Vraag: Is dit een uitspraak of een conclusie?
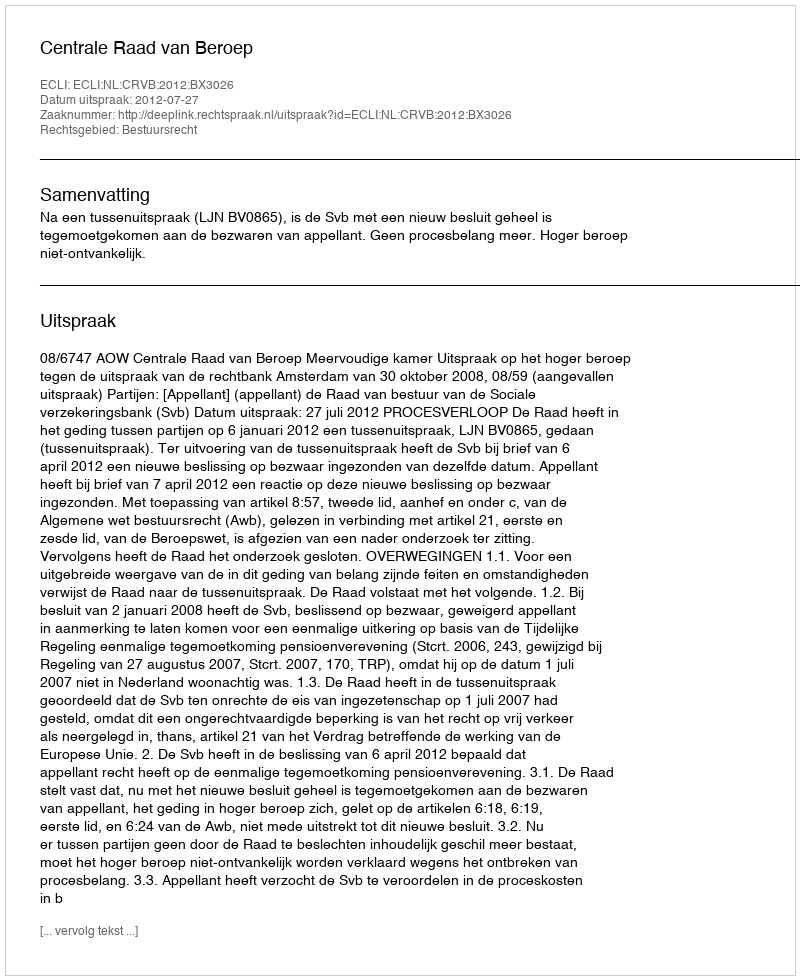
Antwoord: Uitspraak